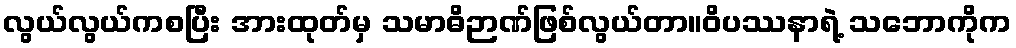
လွယ်လွယ်ကစပြီး အားထုတ်မှ သမာဓိဉာဏ်ဖြစ်လွယ်တာ။ဝိပဿနာရဲ့ သဘောကိုက